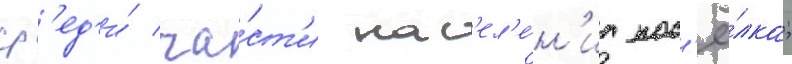
ср'ед'и́ ча́ст'и нас'ел'е́н'иа пос'ё́лка;